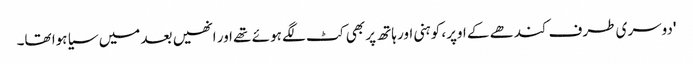
'دوسری طرف کندھے کے اوپر، کوہنی اور ہاتھ پر بھی کٹ لگے ہوئے تھے اور انھیں بعد میں سیا ہوا تھا۔